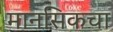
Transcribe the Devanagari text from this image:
मानसिकचा